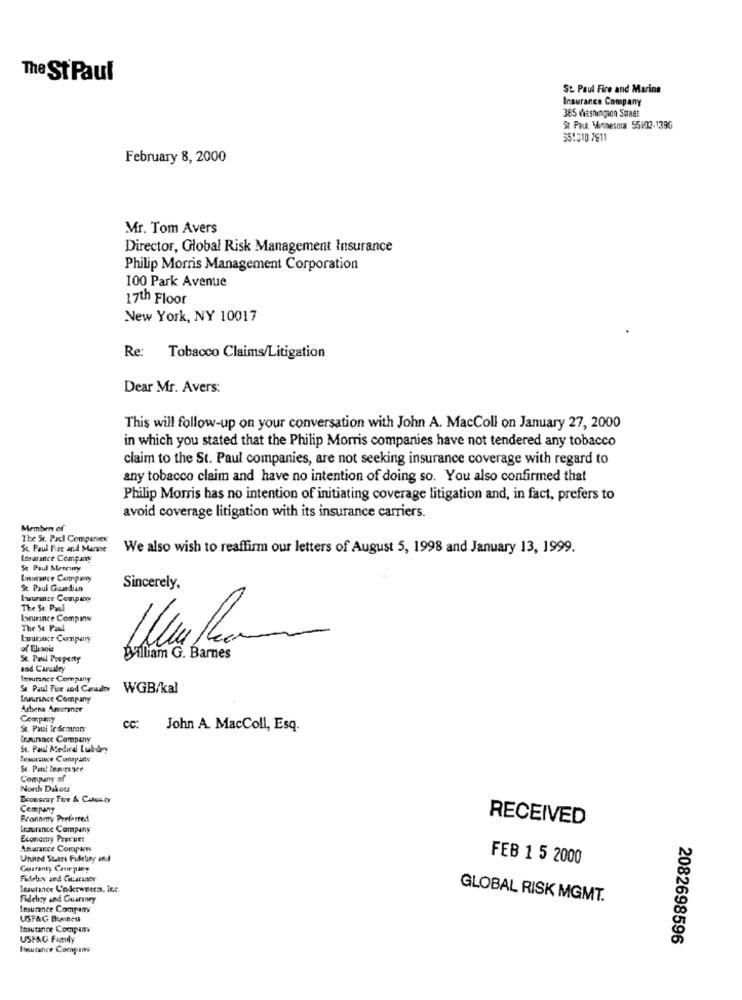
The St Paul
St. Paul Fire and Marine
Insurance Company
385 Washingson SorBat
St Paut Minnesota 551/12-1396
551310 7911
February 8, 2000
Mr. Tom Avers
Director, Global Risk Management Insurance
Philip Morris Management Corporation
100 Park Avenue
17th Floor
New York, NY 10017
Re: Tobacco Claims/Litigation
Dear Mr. Avers:
This will follow-up on your conversation with John A. MacColl on January 27, 2000
in which you stated that the Philip Morris companies have not tendered any tobacco
claim to the St. Paul companies, are not seeking insurance coverage with regard to
any tobacco claim and have no intention of doing so. You also confirmed that
Philip Morris has no intention of initiating coverage litigation and, in fact, prefers to
avoid coverage litigation with its insurance carriers.
Members of
The St. Padl Compues
St. Paul Pec and Marne
We also wish to reaffirm our letters of August 5, 1998 and January 13, 1999.
Insurance Company
St Paul Mercury
Imsurance Company
St. Paul Guardian
Sincerely,
Insurance Company
The St. Paul
Iwurince Compa
The St Paul
Insurance Company
St. Paul Property
William G. Barnes
and Carualty
Insurance Company
Se Paul Fire and Casualty
WGB/kal
Insurance Company
Athena Assurance
Compmay
St. Paul Indemnity
cc:
John A. MacColl, Esq.
Crmunace Company
St. Paul Medical Lubdry
Mesurance Conpunx
Company of
North Dakota
Economy Fue & Cafeity
Company
Fronomy Preferred
RECEIVED
Insurance Company
Economy Pretuer
Anurance Company
United Sutes Fidetury and
FEB 1 5 2000
Guaranty Company
Fidebay and Guaranty
Fideby and Guarany
GLOBAL RISK MGMT.
Insurance Company
USF&G BURIBeIS
Insurance Company
USF&G Family
2082698596
Insurance Company